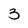
Character: 3